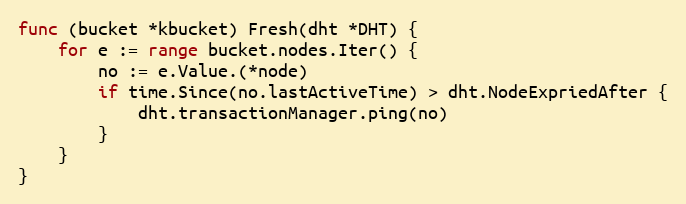
Language: Go
func (bucket *kbucket) Fresh(dht *DHT) {
	for e := range bucket.nodes.Iter() {
		no := e.Value.(*node)
		if time.Since(no.lastActiveTime) > dht.NodeExpriedAfter {
			dht.transactionManager.ping(no)
		}
	}
}